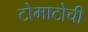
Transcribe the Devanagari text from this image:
टोमाटोची